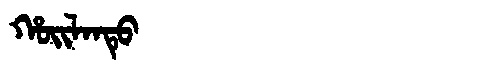
Manchu: ᡥᠣᡳᠯᠠᠨᡨᡠ
Romanization: HOILANTU